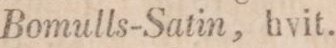
Bomulls-Satin, hvit.